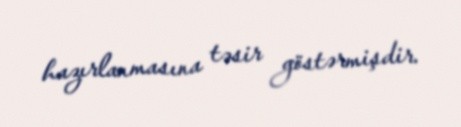
hazırlanmasına təsir göstərmişdir.